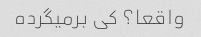
واقعا؟ کی برمیگرده